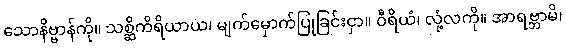
သောနိဗ္ဗာန်ကို။ သစ္ဆိကိရိယာယ၊ မျက်မှောက်ပြုခြင်းငှာ။ ဝီရိယံ၊ လုံ့လကို။ အာရဗ္ဘာမိ၊